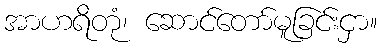
အာဟရိတုံ၊ ဆောင်တော်မူခြင်းငှာ။